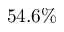
5 4 . 6 \%